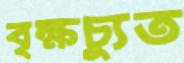
বৃক্ষচ্যুত